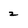
Character: 2